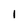
Character: 1